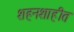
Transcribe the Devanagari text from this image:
शहनशाहीत